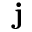
\mathbf { j }